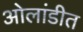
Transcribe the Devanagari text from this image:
ओलांडीत